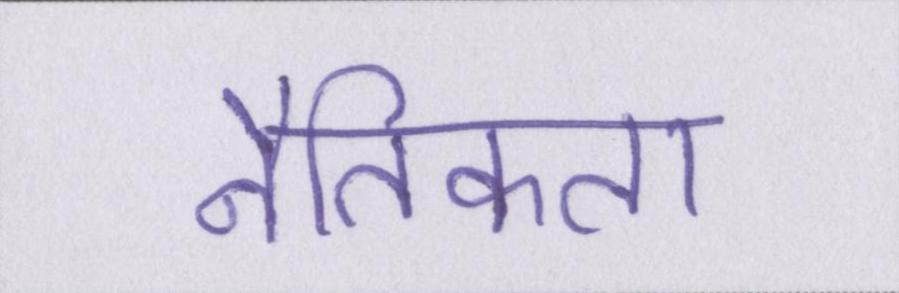
नैतिकता